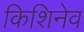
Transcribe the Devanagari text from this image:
किशिनेव